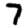
Digit: 7